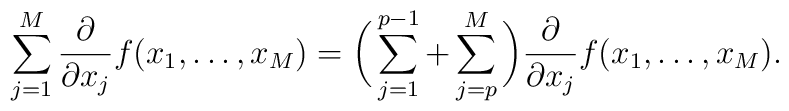
\sum_{j=1}^M\frac{\partial}{\partial x_{j}}f(x_1,\dots,x_M)=  \biggl(\,\sum_{j=1}^{p-1}+\sum_{j=p}^M\,\biggr)  \frac{\partial}{\partial x_{j}}f(x_1,\dots,x_M).